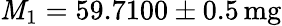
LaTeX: \mathit{M}_{1}=59.7100\pm0.5\, \mathrm{{mg}}